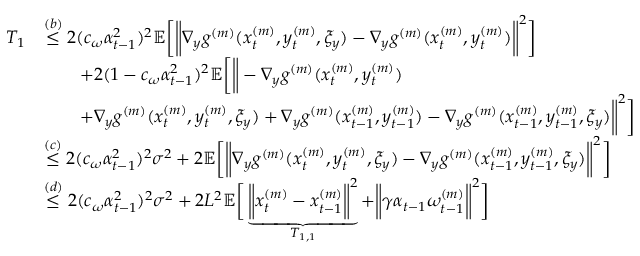
\begin{array} { r l } { T _ { 1 } } & { \overset { ( b ) } { \leq } 2 ( c _ { \omega } \alpha _ { t - 1 } ^ { 2 } ) ^ { 2 } \mathbb { E } \bigg [ \bigg \| \nabla _ { y } g ^ { ( m ) } ( x _ { t } ^ { ( m ) } , y _ { t } ^ { ( m ) } , \xi _ { y } ) - \nabla _ { y } g ^ { ( m ) } ( x _ { t } ^ { ( m ) } , y _ { t } ^ { ( m ) } ) \bigg \| ^ { 2 } \bigg ] } \\ & { \qquad + 2 ( 1 - c _ { \omega } \alpha _ { t - 1 } ^ { 2 } ) ^ { 2 } \mathbb { E } \bigg [ \bigg \| - \nabla _ { y } g ^ { ( m ) } ( x _ { t } ^ { ( m ) } , y _ { t } ^ { ( m ) } ) } \\ & { \qquad + \nabla _ { y } g ^ { ( m ) } ( x _ { t } ^ { ( m ) } , y _ { t } ^ { ( m ) } , \xi _ { y } ) + \nabla _ { y } g ^ { ( m ) } ( x _ { t - 1 } ^ { ( m ) } , y _ { t - 1 } ^ { ( m ) } ) - \nabla _ { y } g ^ { ( m ) } ( x _ { t - 1 } ^ { ( m ) } , y _ { t - 1 } ^ { ( m ) } , \xi _ { y } ) \bigg \| ^ { 2 } \bigg ] } \\ & { \overset { ( c ) } { \leq } 2 ( c _ { \omega } \alpha _ { t - 1 } ^ { 2 } ) ^ { 2 } \sigma ^ { 2 } + 2 \mathbb { E } \bigg [ \bigg \| \nabla _ { y } g ^ { ( m ) } ( x _ { t } ^ { ( m ) } , y _ { t } ^ { ( m ) } , \xi _ { y } ) - \nabla _ { y } g ^ { ( m ) } ( x _ { t - 1 } ^ { ( m ) } , y _ { t - 1 } ^ { ( m ) } , \xi _ { y } ) \bigg \| ^ { 2 } \bigg ] } \\ & { \overset { ( d ) } { \leq } 2 ( c _ { \omega } \alpha _ { t - 1 } ^ { 2 } ) ^ { 2 } \sigma ^ { 2 } + 2 L ^ { 2 } \mathbb { E } \bigg [ \underbrace { \bigg \| x _ { t } ^ { ( m ) } - x _ { t - 1 } ^ { ( m ) } \bigg \| ^ { 2 } } _ { T _ { 1 , 1 } } + \bigg \| \gamma \alpha _ { t - 1 } \omega _ { t - 1 } ^ { ( m ) } \bigg \| ^ { 2 } \bigg ] } \end{array}